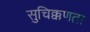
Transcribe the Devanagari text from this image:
सुचिक्कणता